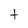
Character: t